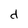
Character: d